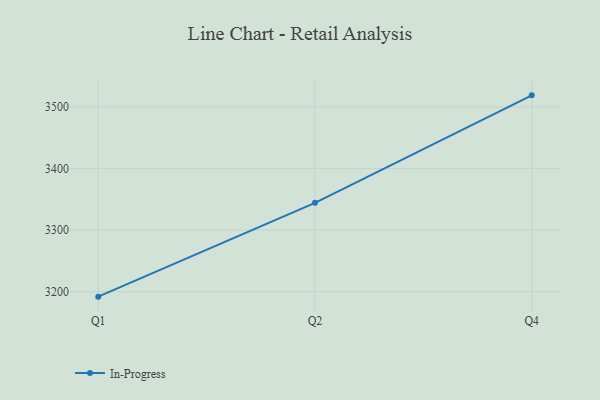
{"axis": {"x": "Quarter", "y": "Operating Costs (USD K)"}, "legend": ["In-Progress"], "data": [{"x": "Q1", "y": 3191.9, "type": "In-Progress"}, {"x": "Q2", "y": 3344.4, "type": "In-Progress"}, {"x": "Q4", "y": 3519.0, "type": "In-Progress"}]}